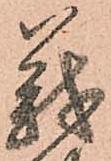
義